Civil Veterinary Dept. North-West Frontier Province 1923-32 - 1923-1932
Year: 1923
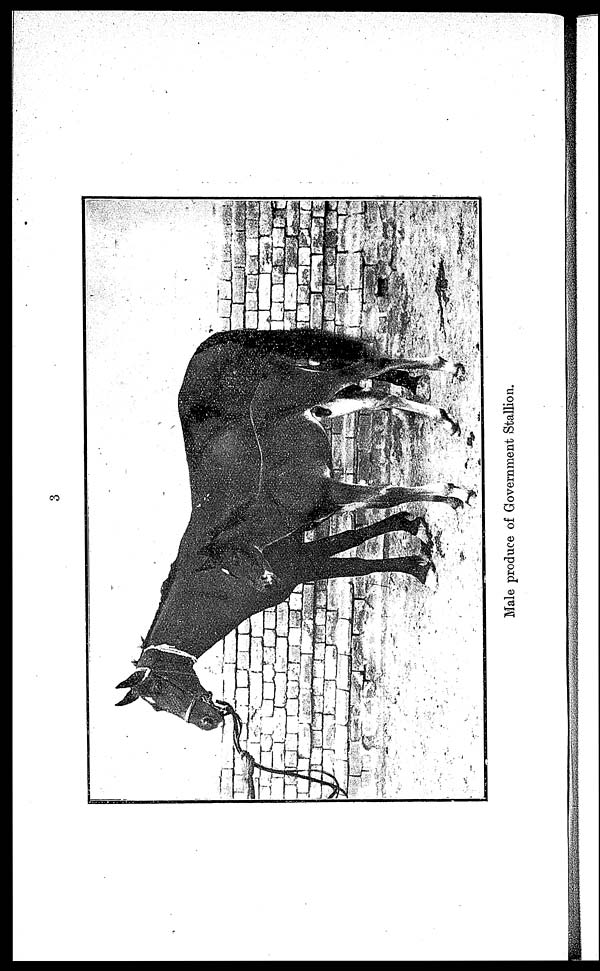
Male produce of Government Stallion.